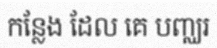
កន្លែង ដែល គេ បញ្ឈរ